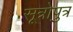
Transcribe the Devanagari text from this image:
सूत्रोपुत्र